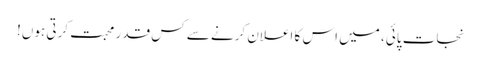
نجات پائی، میں اس کا اعلان کرنے سے کس قدر محبت کرتی ہوں!